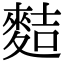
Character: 𪌧